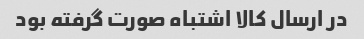
در ارسال کالا اشتباه صورت گرفته بود